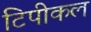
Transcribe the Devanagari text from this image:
टिपीकल